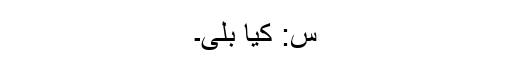
س: کیا بلی۔